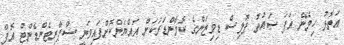
އަތޮޅު ހިމެނޭ އަޕަ ސައުތު ޕޮލިސް ޑިވިޒަންގެ ކޮމާންޑަރަކަށް އައްޔަންކޮށްފައިވަނީ ސްޕްރިޓެންޑެންޓް އޮފް